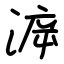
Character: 㴑